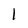
Character: l